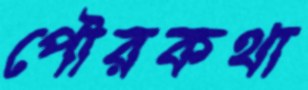
পৌরকথা